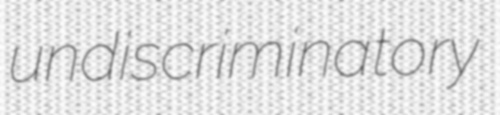
undiscriminatory